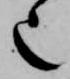
也